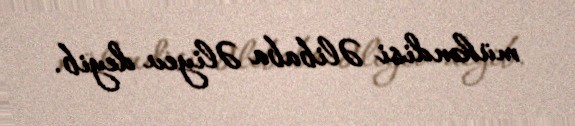
mühəndisi Əlibaba Əliyev deyib.